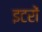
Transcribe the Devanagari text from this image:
इटरों